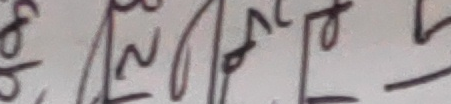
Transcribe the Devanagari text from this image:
अझै